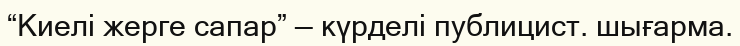
“Киелі жерге сапар” — күрделі публицист. шығарма.